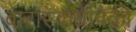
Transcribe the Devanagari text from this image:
बारास्कंधापैकी